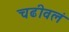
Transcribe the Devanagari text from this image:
चढीवलं